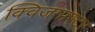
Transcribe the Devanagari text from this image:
क्विजमास्टर